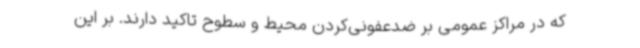
که در مراکز عمومی بر ضدعفونی‌کردن محیط و سطوح تاکید دارند. بر این